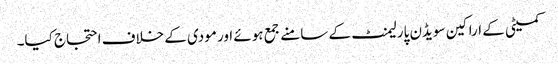
کمیٹی کے اراکین سویڈن پارلیمنٹ کے سامنے جمع ہوئے اور مودی کے خلاف احتجاج کیا۔